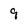
Character: 9